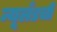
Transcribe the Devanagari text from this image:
न्यूलँडची